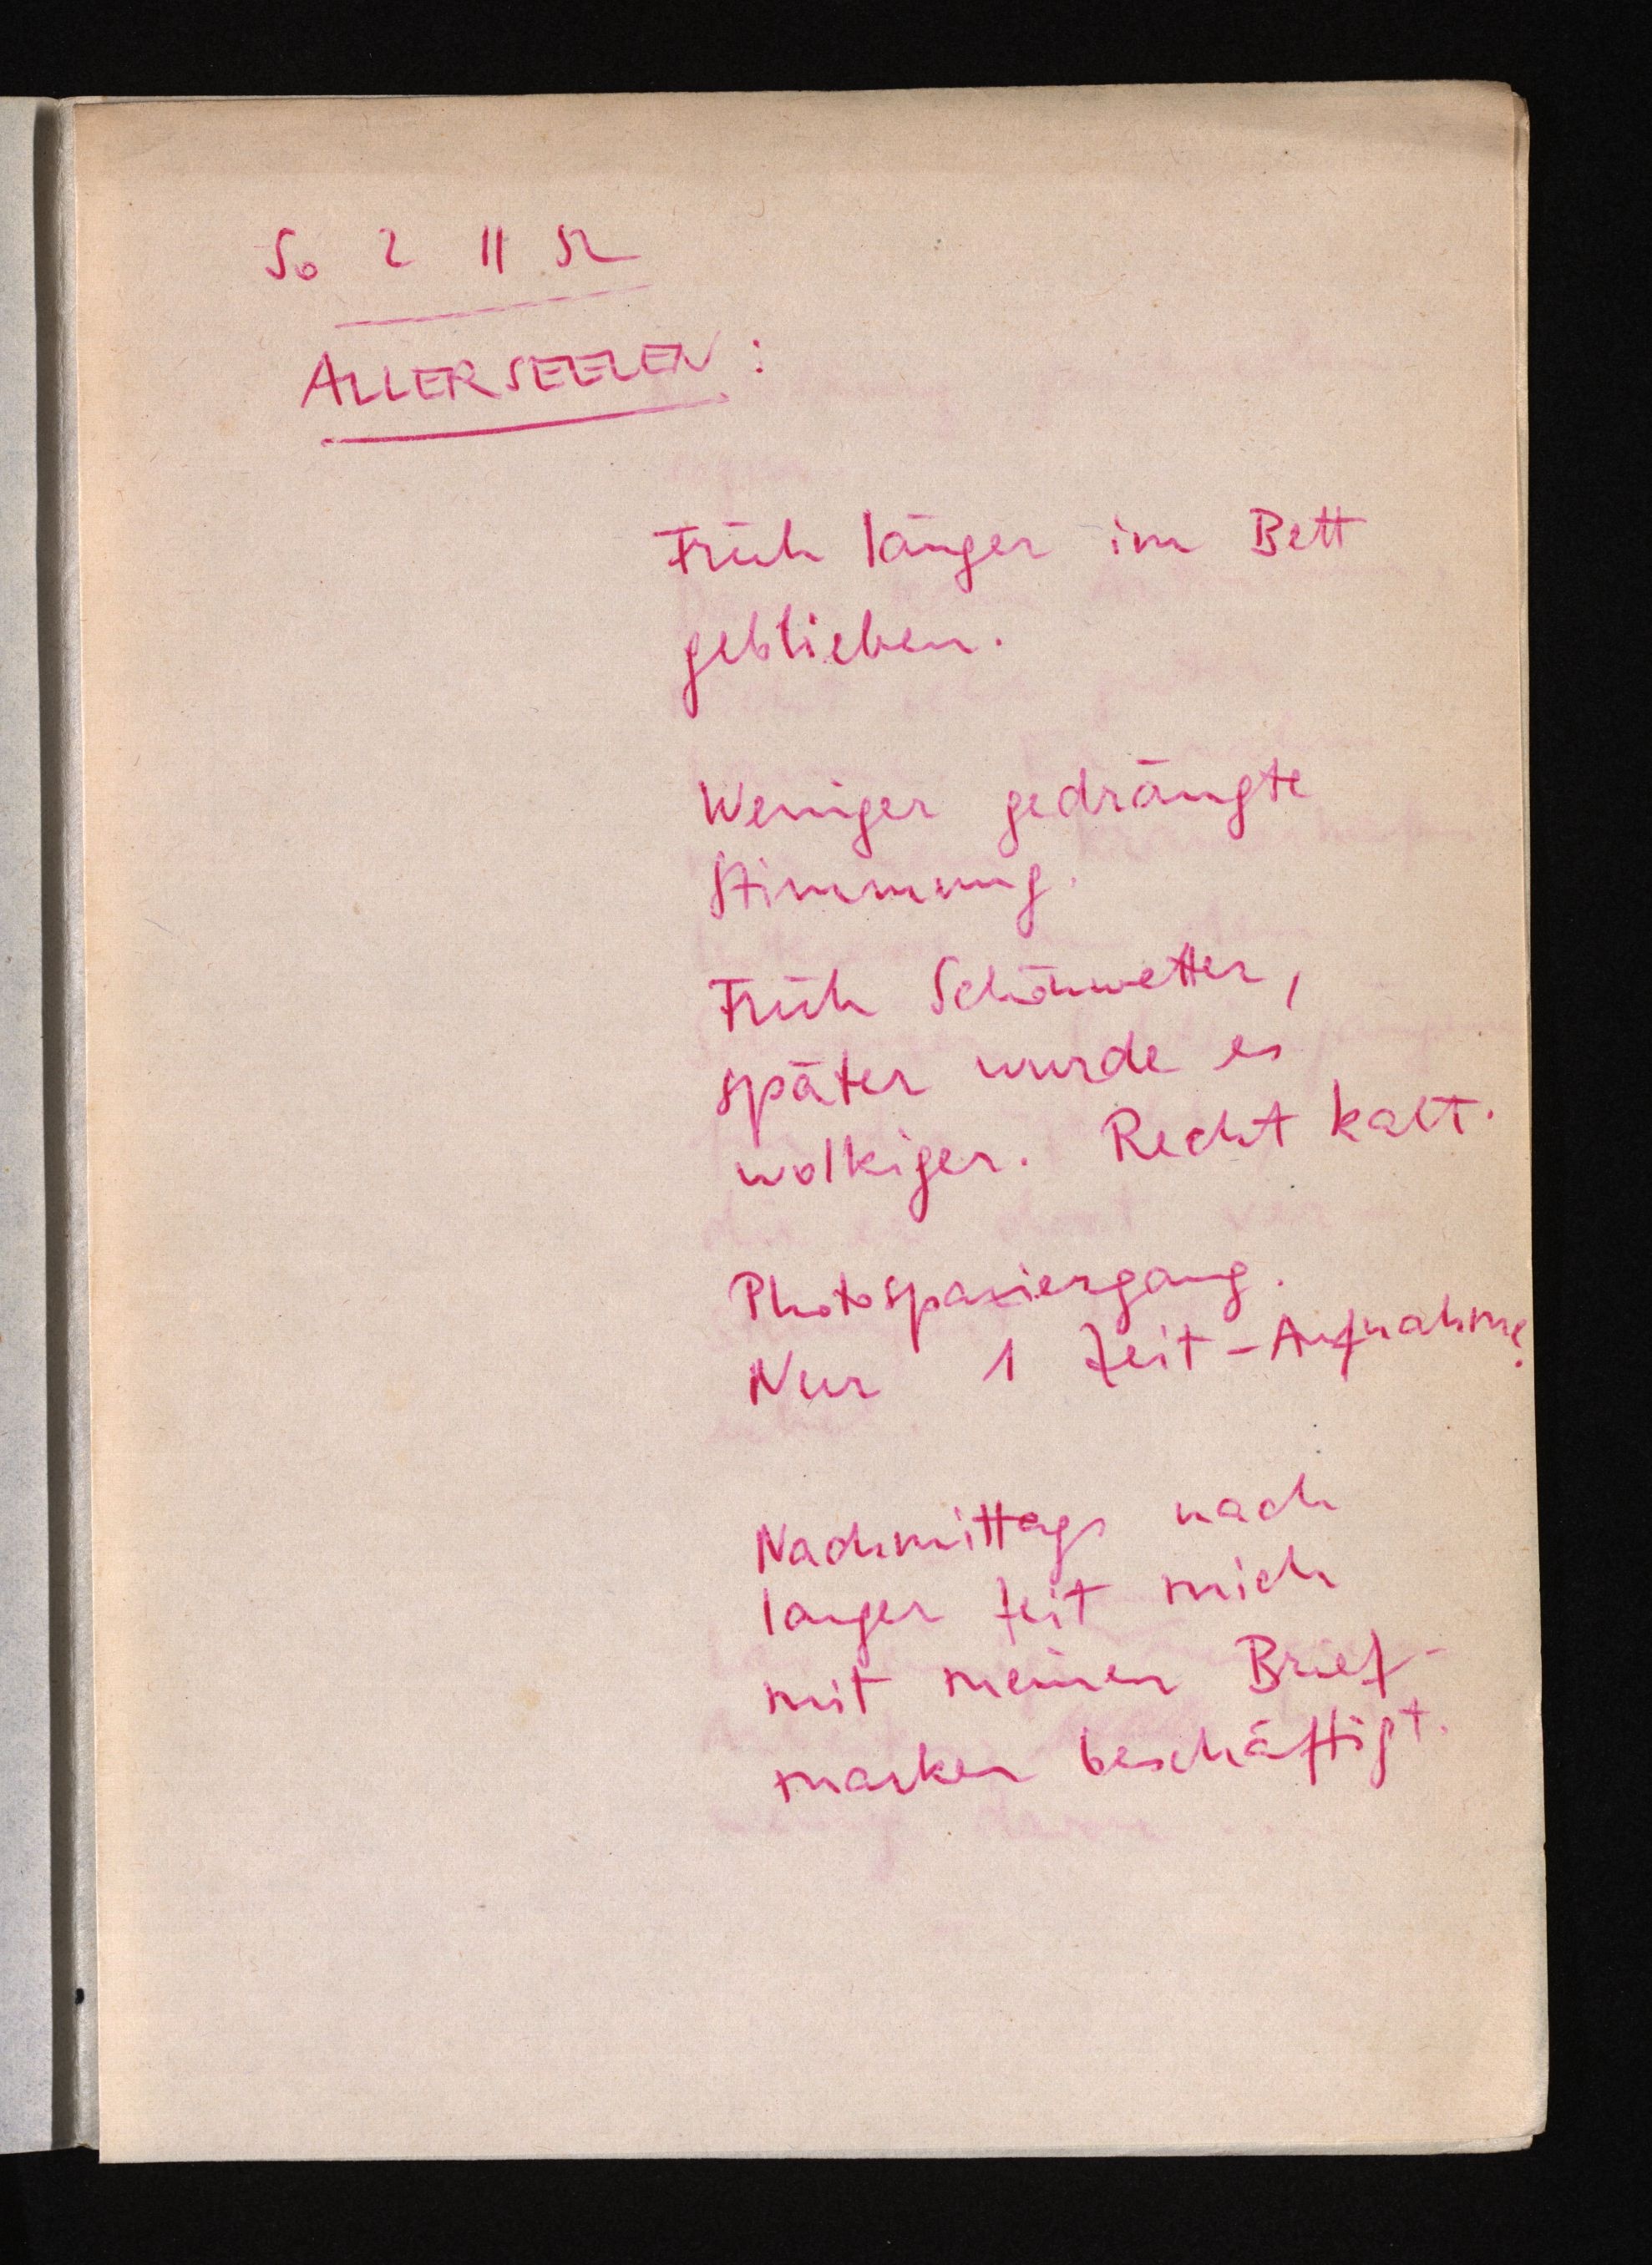
So 2 11 52
ALLERSEELEN:
Früh länger im Bett
geblieben.
Weniger gedrängte
Stimmung.
Früh Schönwetter,
später wurde es
wolkiger. Recht kalt.
Photospaziergang.
Nur 1 Zeit-Aufnahme.
Nachmittags nach
langer Zeit mich
mit meinen Brief¬
marken beschäftigt.